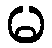
မ